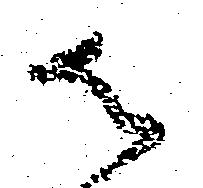
御